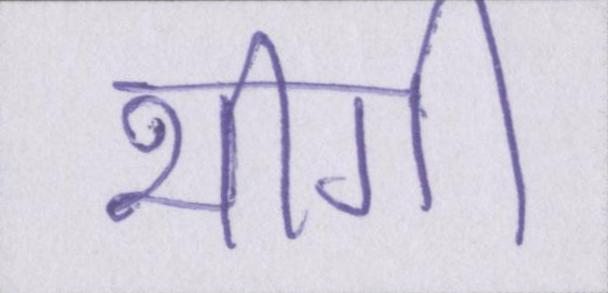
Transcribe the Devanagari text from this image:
भीगी